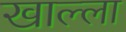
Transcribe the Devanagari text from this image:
खाल्‍ला